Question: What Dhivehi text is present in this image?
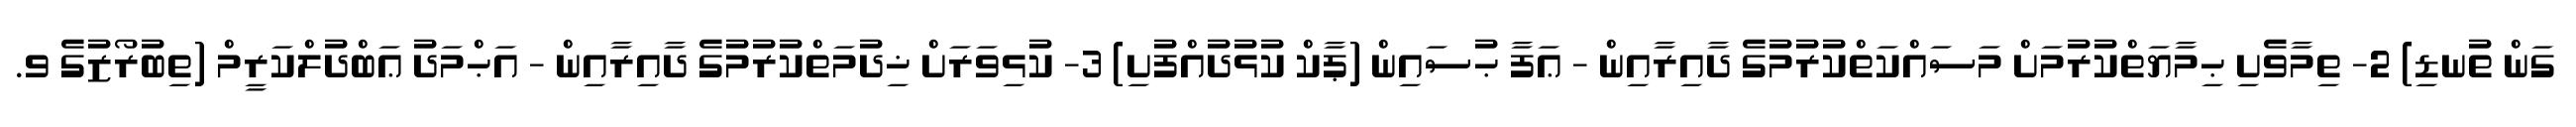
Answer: ގަން ތުނޑި) 2- ތިމާވެށި ޙިމާޔަތްކުރުމަށް މަސައްކަތްކުރުމުގެ ދާއިރާއިން - ޢަފާ ޙުސައިން (ޕާކް ކުޅުދުއްފުށި) 3- ކުޅިވަރަށް ޚިދުމަތްކުރުމުގެ ދާއިރާއިން - އަޙްމަދު ޢަބްދުލްކަރީމް (ތިބުރޯޒުގެ ވ.